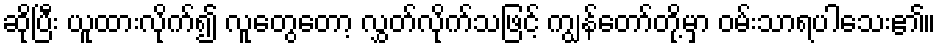
ဆိုပြီး ယူထားလိုက်၍ လူတွေတော့ လွှတ်လိုက်သဖြင့် ကျွန်တော်တို့မှာ ဝမ်းသာရပါသေး၏။